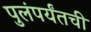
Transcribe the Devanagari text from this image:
पुलंपर्यंतची